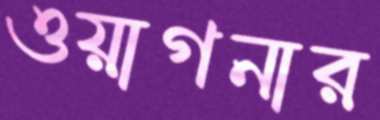
ওয়াগনার